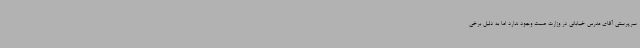
سرپرستی آقای مدرس خیابانی در وزارت صمت وجود ندارد اما به دلیل برخی